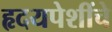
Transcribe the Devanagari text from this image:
हृदयपेशींचे